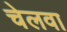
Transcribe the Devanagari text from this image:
चेलवा